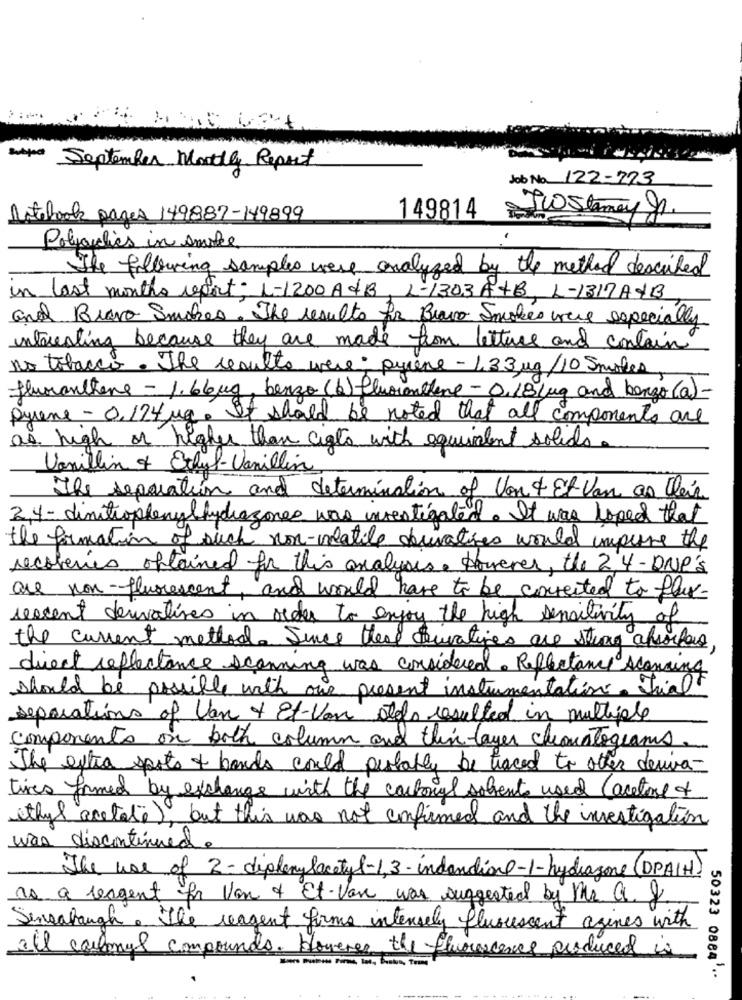
Subject September Monthly Report
Job No. 122-773
Notebook pages 149887-149899
149814
= TWStemay .
Polyanlies in smoke
The filtering samples were analyzed by the method described
in last months report: 1-1200 A&B
L-1303A+B, L-1317AYB
and Brava Smokes. The results for Brawo Smokes were especially
interesting because they are made from letture and contain
no tobacco. The resulto were; pyrene - 1,33mg/10 Smaker
fluranthere - 1. 66mg, benzo (b) fluoronline - 0,18 jug and benzo (a)-
Pyrene - 0,174 mg. It should be noted that all components are
as high or higher than ciato with equivalent solids.
Vanillin & Ethyl-Vanillin
The separation and determination of Vant Et Van as leis
2.4 - dinitionlengthydragones was investigated. It was hoped that
the formation of such non-watile derivatives would impure the
recoveries optained for this analysis. However, the 2,4-DNP'S
are non-fluorescent, and would have to be corrected to flux-
sescent derivatives in order to enjoy the high sensitivity of
the current method Since thea curatives are strong afsorters,
direct reflectance scanning was considered. Reflectance scanning
should be possible with our present instrumentation. Iral
separations of Van + Et-Von otelo resulted in multiple
components on both column and thin layer chiamatograms
The extra sports & bands could probably be traced to other devia-
tives formed by exchange with the carbonyl solvente used (active of
ethyl acetate), but this was not confirmed and the investigation
was discontinued.
The use of 3 -diphenylacetyl-1,3-indandione-1-hydragone(DPAIH)
as a reagent for Van of Et-Van was suggested by Mr G &
Sensabaugh. The reagent firms intensely fluorescent azines with
all carbonyl compounds. However the fluorescence produced in
50323 0884'*